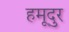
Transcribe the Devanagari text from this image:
हमूदुर